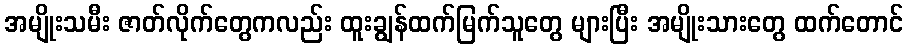
အမျိုးသမီး ဇာတ်လိုက်တွေကလည်း ထူးချွန်ထက်မြက်သူတွေ များပြီး အမျိုးသားတွေ ထက်တောင်